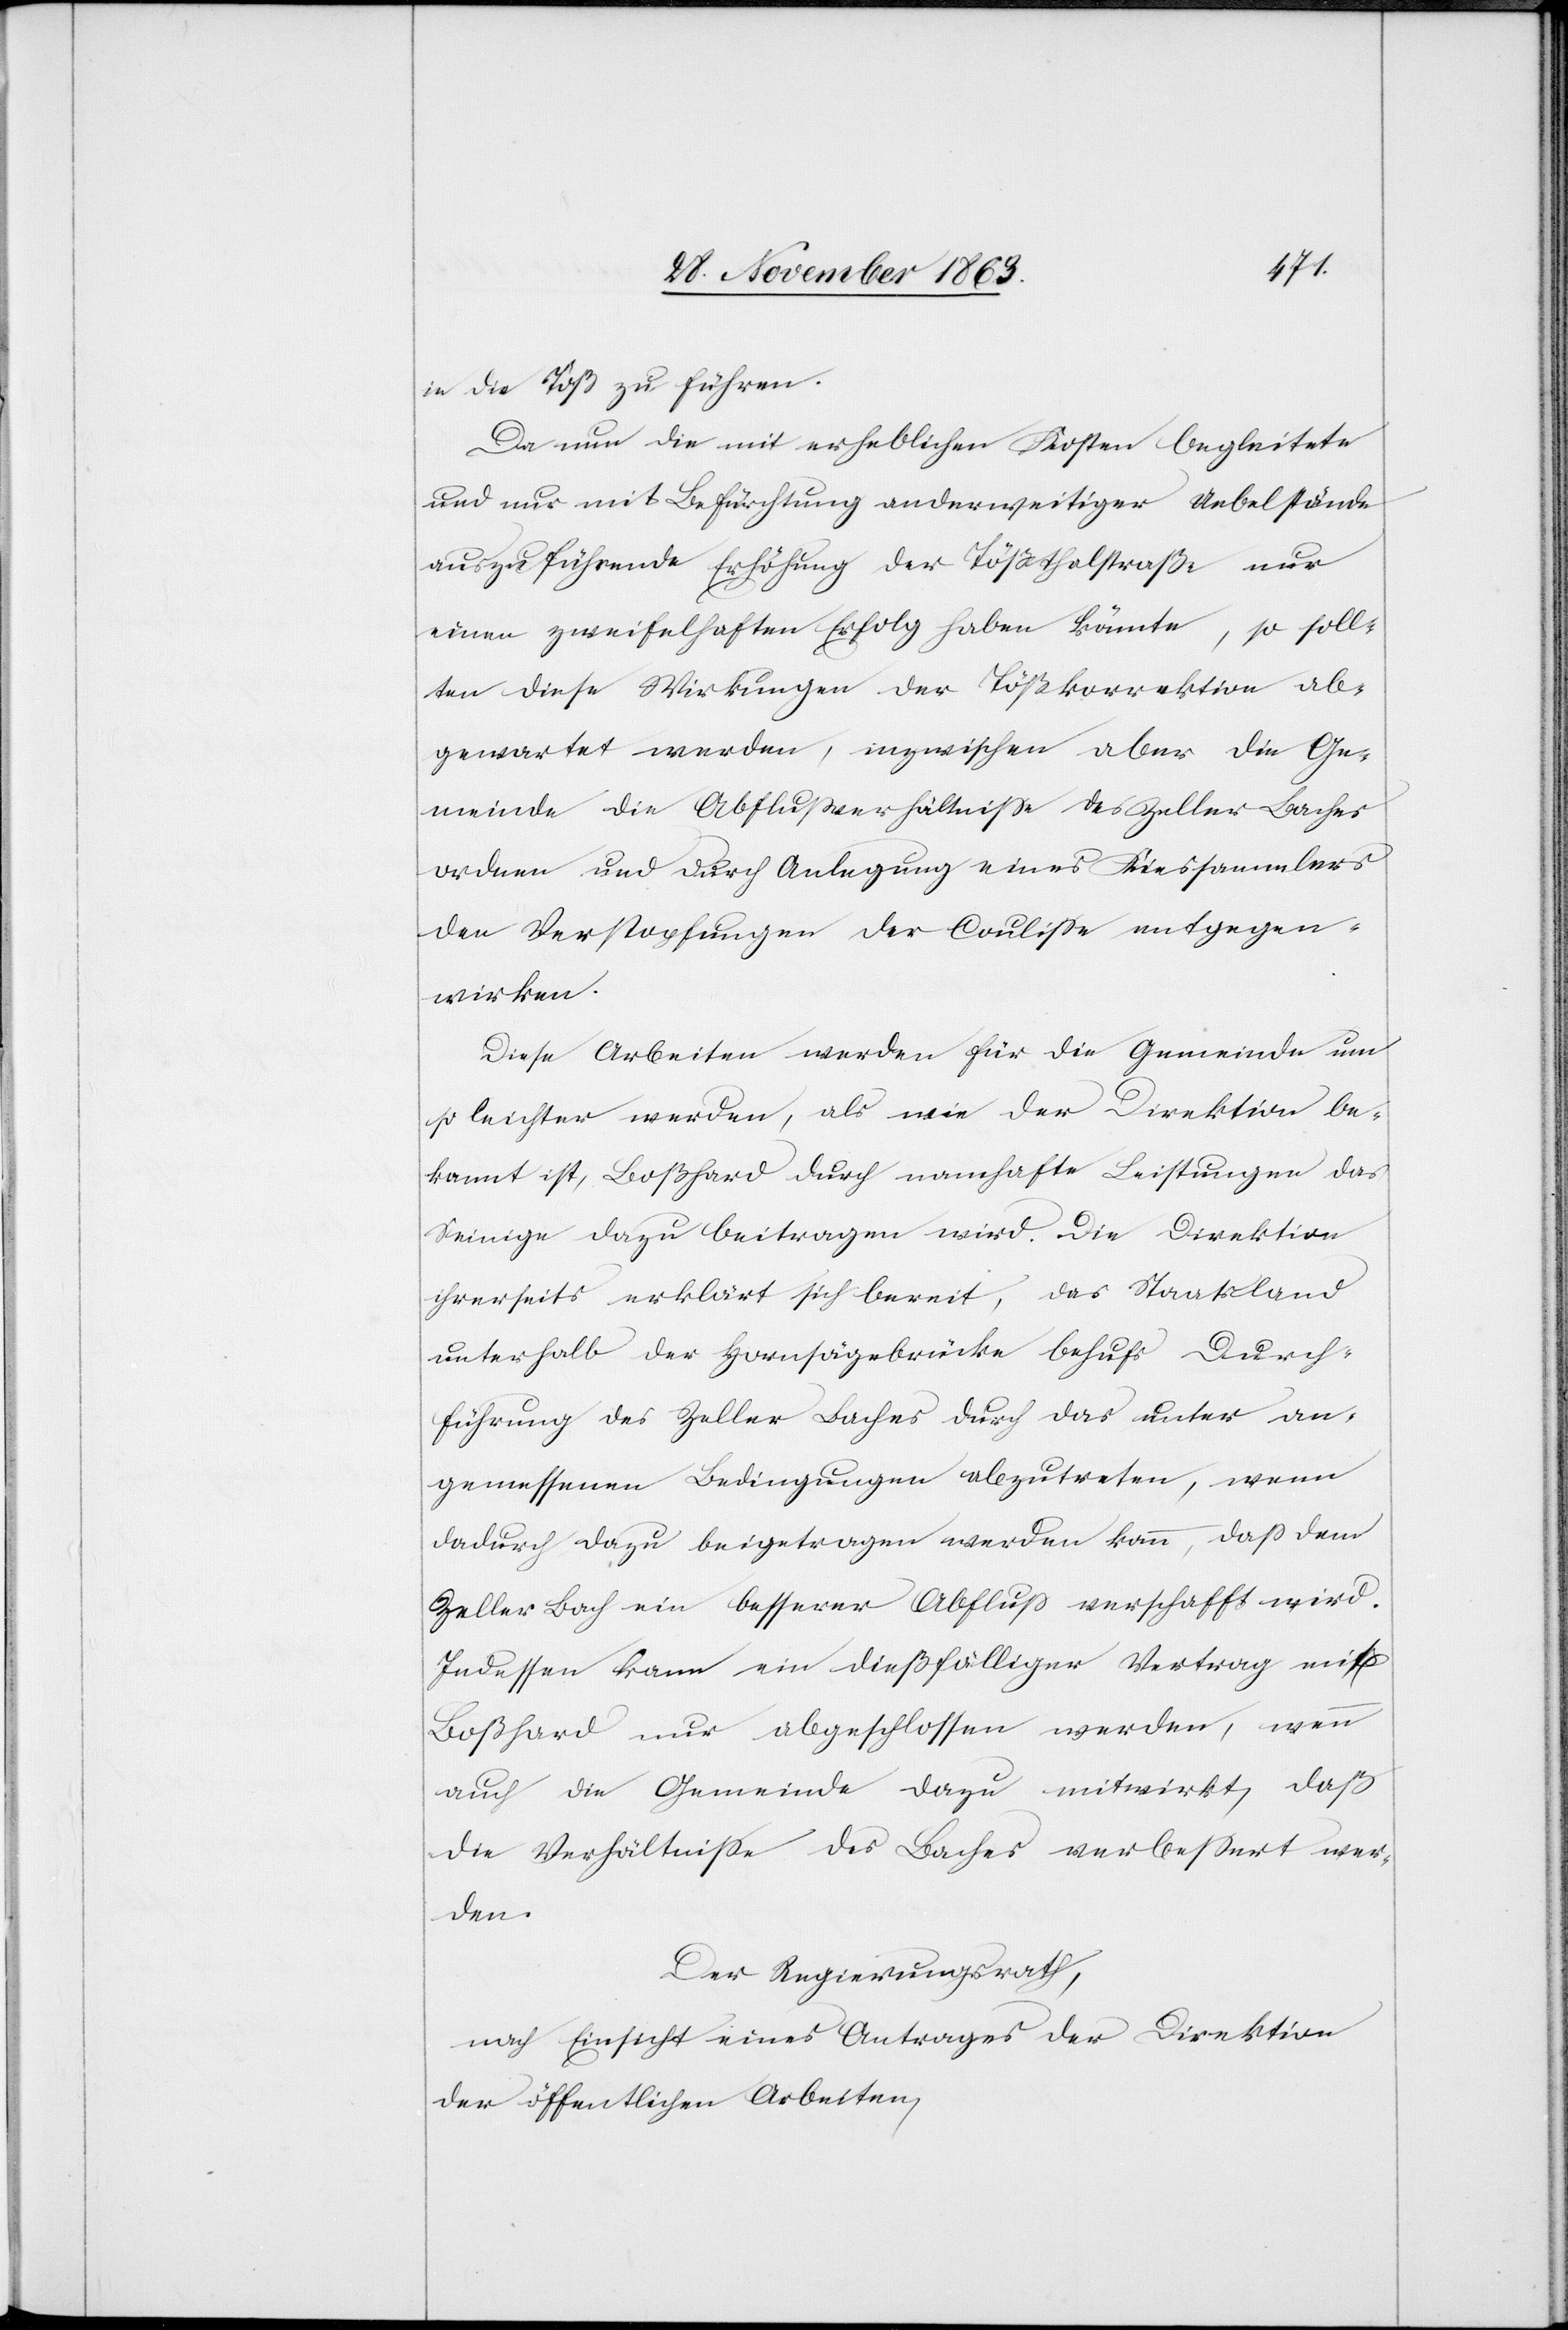
in die Töß zu führen.
Da nun die mit erheblichen Kosten begleitete
und nur mit Befürchtung anderweitiger Uebelstände
auszuführende Erhöhung der Tößthalstraße nur
einen zweifelhaften Erfolg haben könnte, so soll¬
ten diese Wirkungen der Tößkorrektion ab¬
gewartet werden, inzwischen aber die Ge¬
meinde die Abflussverhältnisse des Zeller Baches
ordnen und durch Anlegung eines Kiessammlers
den Verstopfungen der Coulisse entgegen¬
wirken.
Diese Arbeiten werden für die Gemeinde um
so leichter werden, als wie der Direktion be¬
kannt ist, Boßhard durch namhafte Leistungen das
Seinige dazu beitragen wird. Die Direktion
ihrerseits erklärt sich bereit, das Staatsland
unterhalb der Hornsägebrücke behufs Durch¬
führung des Zeller Baches durch das unter an¬
gemessenen Bedingungen abzutreten, wenn
dadurch dazu beigetragen werden kann, dass dem
Zeller Bach ein besserer Abfluss verschafft wird.
Indessen kann ein dießfälliger Vertrag mit
Boßhard nur abgeschlossen werden, wenn
auch die Gemeinde dazu mitwirkt, daß
die Verhältnisse des Baches verbessert wer¬
den.
Der Regierungsrath,
nach Einsicht eines Antrages der Direktion
der öffentlichen Arbeiten,